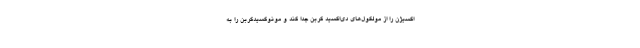
اکسیژن را از مولکول‌های دی‌اکسید کربن جدا کند و مونوکسیدکربن را به